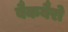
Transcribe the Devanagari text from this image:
बैकबैरो